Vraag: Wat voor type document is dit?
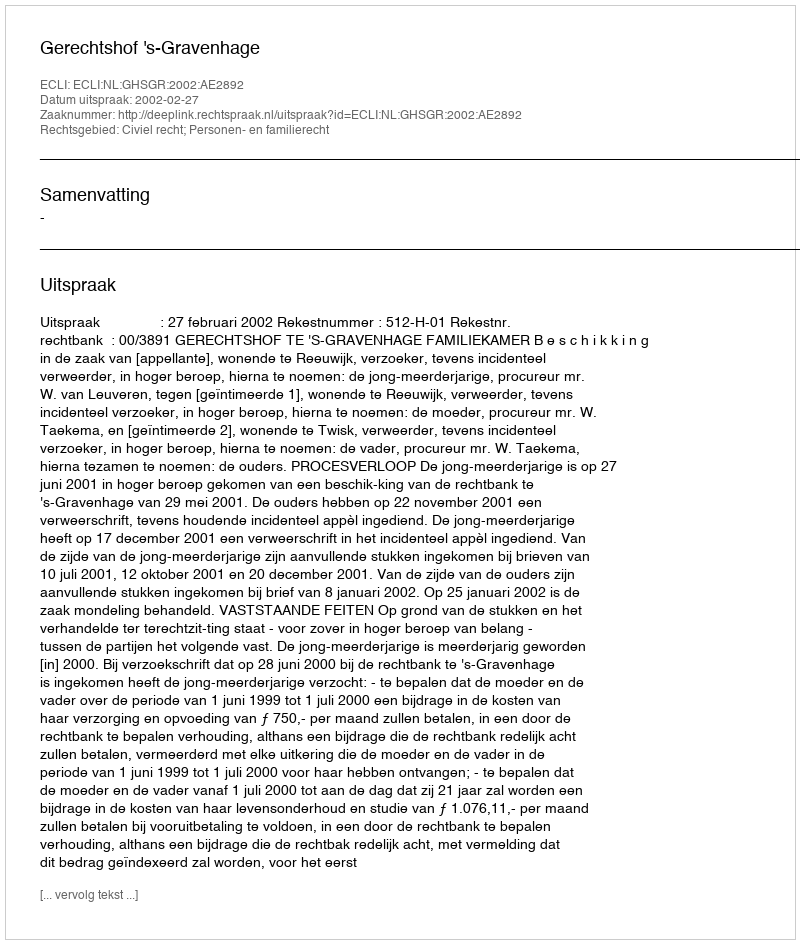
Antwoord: Uitspraak